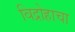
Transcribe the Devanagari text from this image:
विद्रोहाचा